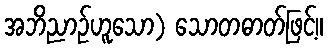
အဘိညာဉ်ဟူသော) သောတဓာတ်ဖြင့်။